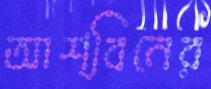
আশ্বিনের